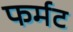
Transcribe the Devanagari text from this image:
फर्मट